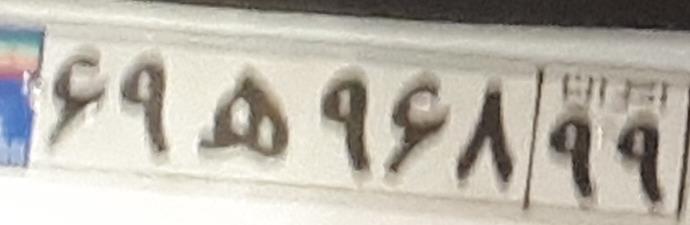
۶۹ه۹۶۸۹۹